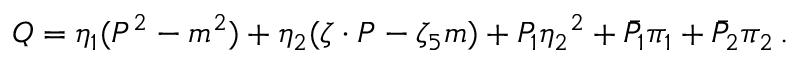
Q = \eta _ { 1 } ( P ^ { 2 } - m ^ { 2 } ) + \eta _ { 2 } ( \zeta \cdot P - \zeta _ { 5 } m ) + { \cal P } _ { 1 } { \eta _ { 2 } } ^ { 2 } + { \bar { \cal P } } _ { 1 } \pi _ { 1 } + { \bar { \cal P } } _ { 2 } \pi _ { 2 } \, .